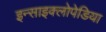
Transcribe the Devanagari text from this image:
इन्साइक्लोपेडिया